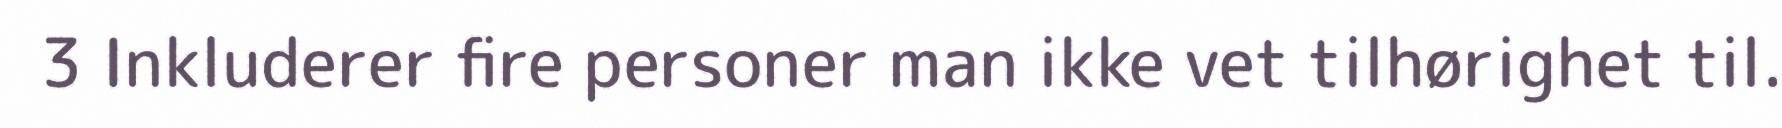
3 Inkluderer fire personer man ikke vet tilhørighet til.